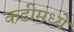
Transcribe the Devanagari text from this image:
कडीमध्ये